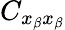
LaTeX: C_{x_{\beta}x_{\beta}}